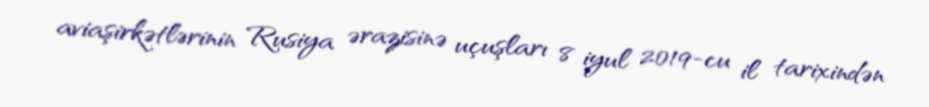
aviaşirkətlərinin Rusiya ərazisinə uçuşları 8 iyul 2019-cu il tarixindən